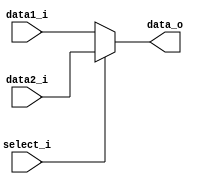
module MUX32(data1_i, data2_i, select_i, data_o);
	input [31:0] data1_i;
	input [31:0] data2_i;
	input select_i;
	output [31:0] data_o;
	// if 0, choose data1
	assign data_o = select_i ? data2_i : data1_i;
endmodule